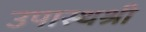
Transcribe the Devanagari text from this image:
उपास्थश्री